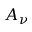
A _ { \nu }